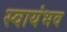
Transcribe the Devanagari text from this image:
स्वायंभव